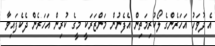
އެ ދުވަހު އަހަރެންގެ ލޯކުރިމަތިން އެފެނުން މަންޒަރަކީ މީގެ ކުރިން އަހަރެން ދެކެފައިވާ